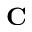
\mathbf { C }